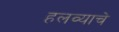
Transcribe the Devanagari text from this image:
हलव्याचे